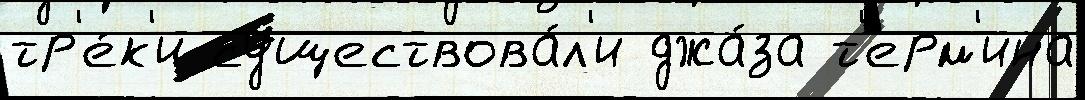
тр'е́к'и существова́л'и джа́за т'ерм'ина